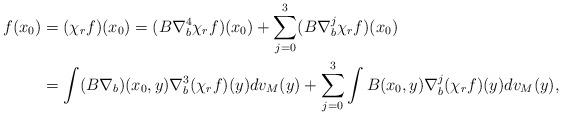
LaTeX: \begin{align*}f(x_0)&=(\chi_rf)(x_0)=(B\nabla^4_b\chi_rf)(x_0)+\sum^3_{j=0}(B\nabla^j_b\chi_rf)(x_0)\\&=\int(B\nabla_b)(x_0,y)\nabla^3_b(\chi_rf)(y)dv_M(y)+\sum^3_{j=0}\int B(x_0,y)\nabla^j_b(\chi_rf)(y)dv_M(y),\end{align*}